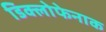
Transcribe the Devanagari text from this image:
डिक्लोफेनाक